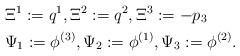
LaTeX: \begin{align*}&\Xi^{1}:=q^{1},\Xi^{2}:=q^{2},\Xi^{3}:=-p_{3}\\&\Psi_{1}:=\phi^{(3)},\Psi_{2}:=\phi^{(1)}, \Psi_{3}:=\phi^{(2)}.\end{align*}